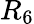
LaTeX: R_{6}